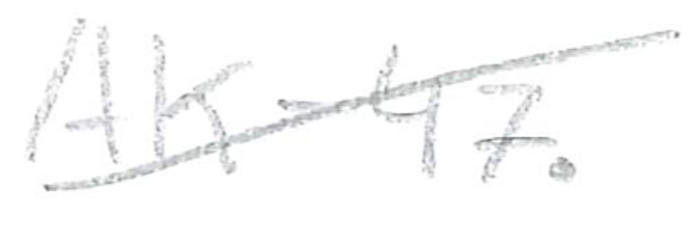
Text: AK-47.
Cross-out: mix
Writing tool: pencil